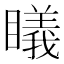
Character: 𥋟